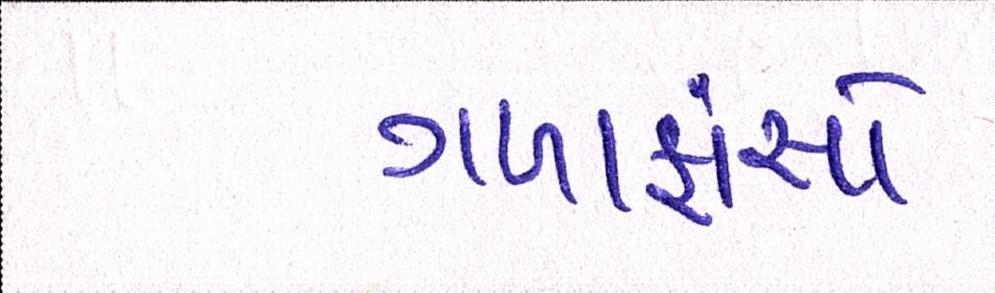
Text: ગળાફાંસો